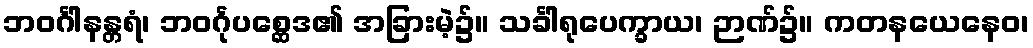
ဘဝင်္ဂါနန္တရံ၊ ဘဝင်္ဂုပစ္ဆေဒ၏ အခြားမဲ့၌။ သင်္ခါရုပေက္ခာယ၊ ဉာဏ်၌။ ကတနယေနေဝ၊